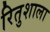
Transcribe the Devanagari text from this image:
रितुशाला